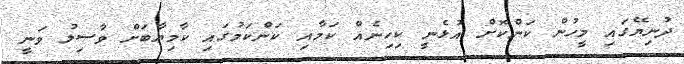
ދުނިޔޭގައި މީހުން ކަންކޮށް އުޅެނީ ކިހިނެއް ކަމާއި ކަންކަމުގައި ކާމިޔާބަށް ވާސިލު ވަނީ